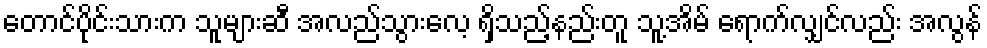
တောင်ပိုင်းသားက သူများဆီ အလည်သွားလေ့ ရှိသည့်နည်းတူ သူ့အိမ် ရောက်လျှင်လည်း အလွန်